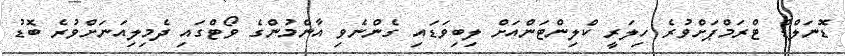
ޑޮނަލްޑް ޓްރަމްޕަށްވުރެ ހިލަރީ ކްލިންޓަންއަށް ލިބިވަޑައި ގެންނެވި އާންމުންގެ ވޯޓްގައި ދެމިލިއަނަށްވުރެ ބޮޑު